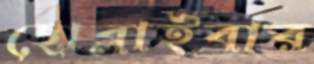
ছোব্‌লাইবার